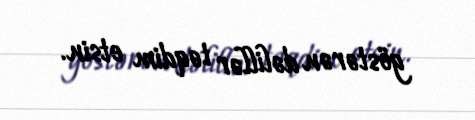
göstərən dəlillər təqdim etsin.